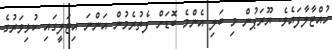
ހުއްޓާލާފައެވެ. ޔޫރަޕުން މި ބަލި އެންމެ ބޮޑަށް ފެތުރެމުން އަންނަ އިޓަލީގައި ކުޅިވަރުގެ